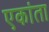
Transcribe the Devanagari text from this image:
एकांता